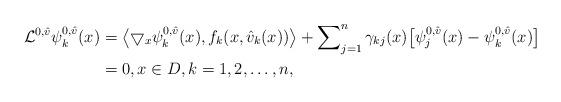
LaTeX: \begin{align*} \mathcal{L}^{0,\hat{v}}\psi_k^{0,\hat{v}}(x) &= \bigl \langle \bigtriangledown_x \psi_k^{0,\hat{v}}(x), f_k(x, \hat{v}_k(x)) \bigr\rangle + \sum\nolimits_{j=1}^n \gamma_{kj}(x) \bigl[\psi_j^{0,\hat{v}}(x) - \psi_k^{0,\hat{v}}(x)\bigr]\\& = 0, x \in D, k=1,2, \ldots, n, \end{align*}